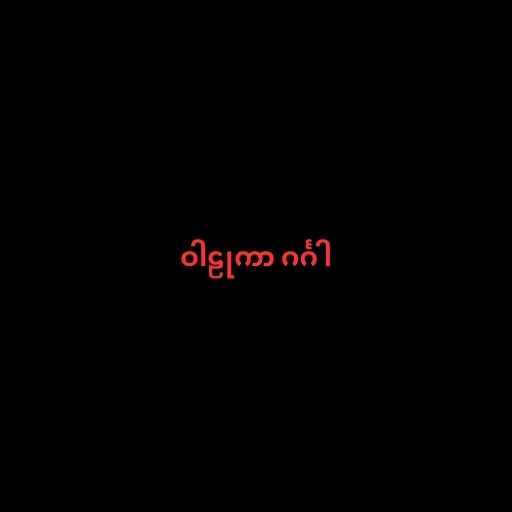
ဝါဠုကာ ဂင်္ဂါ